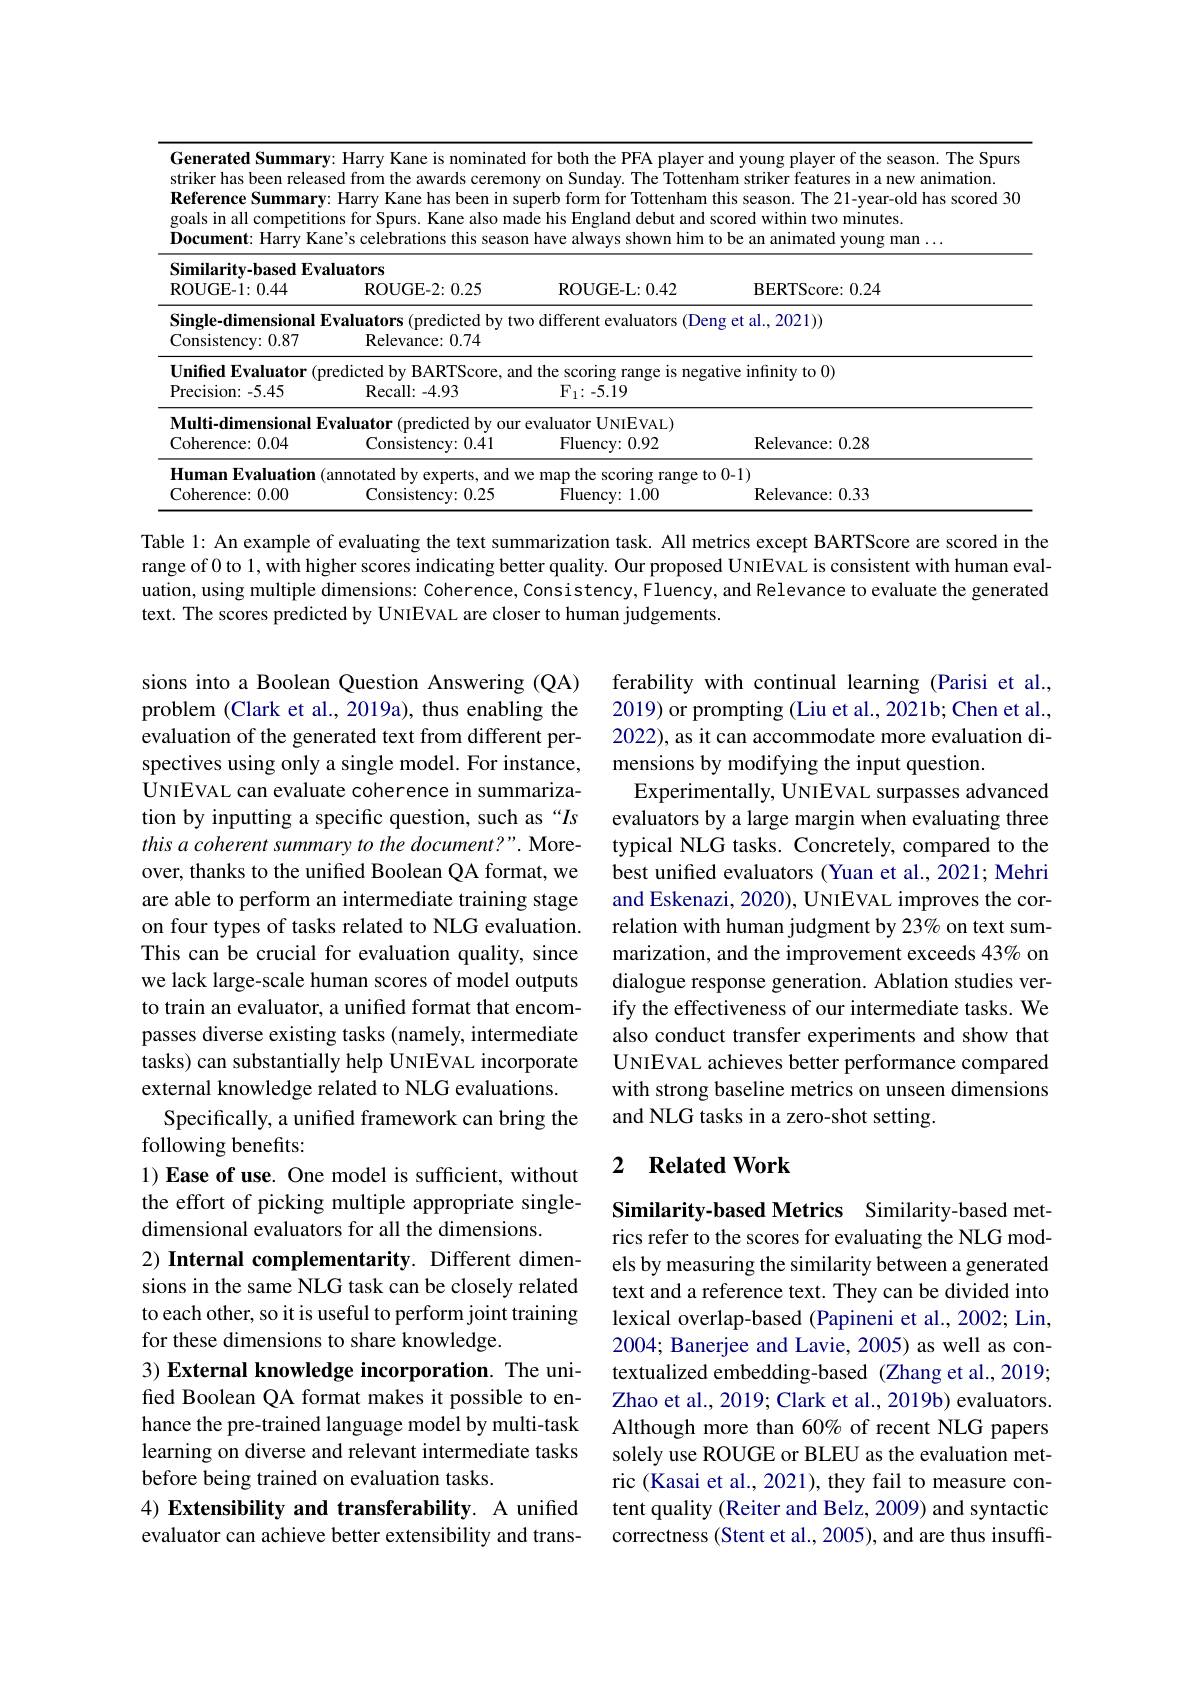
<table>
	<tbody>
		<tr>
			<td>Generated Summary striker has been releas Reference Summary goals in all competitio ${\textbf{Document: Harry}}$ Ka</td>
			<td>$\because$Harry Kane is no 11 ed from the awards :Harry Kane has be ${\mathrm{ns~for~Spurs.~Kane}}$ ne's celebrations thi</td>
			<td>for both the PFA player ${\mathrm{ry~on~Sunday.~The~Totter}}$ perb form for Tottenham le his England debut and have always shown him</td>
			<td>$?FAI$ player am The Tottenha Tottenham $n$th d debut and $SC$ 14 shown him to</td>
			<td>nd young player of the season. The Spurs am striker features in a new animation. this season. The 21-year-old has scored 30 cored within two minutes. o be an animated young man $\ldots$</td>
		</tr>
		<tr>
			<td>Similarity-based Eva ROUGE-1:0.44</td>
			<td>luators ROUGE- 2: 0. 2</td>
			<td>ROUGE- L: 0. 42</td>
			<td>$\mathbf{L}\colon0.42$</td>
			<td>BERTScore: 0.24</td>
		</tr>
		<tr>
			<td>Single-dimensional E Consistency: 0.87</td>
			<td>$\mathbf{c}\mathbf{valuators}$ (predicte ${\mathrm{Relevance:~0.7}}$</td>
			<td>${\mathrm{different~evaluators}}$ (D$\epsilon$</td>
			<td>(Deng ${\mathrm{luators}}$</td>
			<td>$\operatorname{ig}$et al.,2021))</td>
		</tr>
		<tr>
			<td>$\textbf{Unified Evaluator}$ $\therefore\mathbf{P}$ Precision: - 5. 45</td>
			<td>redicted by BARTS Recall: - 4. 93</td>
			<td>the scoring g range is neg 1 $\mathrm{F}_{1}\colon-5.19$</td>
			<td>range is negati</td>
			<td>tive infinity to 0)</td>
		</tr>
		<tr>
			<td>$\mathbf{Multi-dimensionalE}$ Coherence: 0.04</td>
			<td>$\mathbf{valuator}$ (predicted Consistency</td>
			<td>${\mathrm{evaluator~UNIEVAL}})$ ${\mathrm{Fluency:~0.92}}$</td>
			<td>$EVAL)$ 0.92</td>
			<td>${\mathrm{Relevance:~0.28}}$</td>
		</tr>
		<tr>
			<td>Human Evaluation Coherence: 0.00</td>
			<td>annotated by e expert Consistency:</td>
			<td>map the scoring range ${\mathrm{Fluency:~1.00}}$</td>
			<td>ring range to 1.00</td>
			<td>,0-1) Relevance: 0. 33</td>
		</tr>
		<tr>
			<td>$\mathbf{Human}$ $\mathbf{E} \mathbf{val}_{\text{uation}}$</td>
			<td>annotated hv exnert</td>
			<td>man the s scoring range 1</td>
			<td>ring range {:}to</td>
			<td>0-1)</td>
		</tr>
		<tr>
			<td>Coherence: 0.00</td>
			<td>Consistency:</td>
			<td>Fluency: 1. 00</td>
			<td>1.00</td>
			<td>Relevance: 0. 33</td>
		</tr>
	</tbody>
</table>

Table 1: An example of evaluating the text summarization task. All metrics except BARTScore are scored in the range of 0 to 1, with higher scores indicating better quality. Our proposed UNIEVAL is consistent with human evaluation, using multiple dimensions: Coherence, Consistency, Fluency, and Relevance to evaluate the generated text. The scores predicted by UNIEVAL are closer to human judgements.

ferability with continual learning (Parisi et al., 2019) or prompting (Liu et al., 2021b; Chen et al., 2022), as it can accommodate more evaluation dimensions by modifying the input question.
Experimentally, UNIEVAL surpasses advanced evaluators by a large margin when evaluating three typical NLG tasks. Concretely, compared to the best unified evaluators (Yuan et al., 2021; Mehri and Eskenazi, 2020), UNIEVAL improves the correlation with human judgment by 23% on text summarization, and the improvement exceeds 43% on dialogue response generation. Ablation studies verify the effectiveness of our intermediate tasks. We also conduct transfer experiments and show that UNIEVAL achieves better performance compared with strong baseline metrics on unseen dimensions and NLG tasks in a zero-shot setting.

sions into a Boolean Question Answering (QA) problem (Clark et al., 2019a), thus enabling the evaluation of the generated text from different perspectives using only a single model. For instance, UNIEVAL can evaluate coherence in summarization by inputting a specific question, such as “Is this a coherent summary to the document?". Moreover, thanks to the unified Boolean QA format, we are able to perform an intermediate training stage on four types of tasks related to NLG evaluation. This can be crucial for evaluation quality, since we lack large-scale human scores of model outputs to train an evaluator, a unified format that encompasses diverse existing tasks (namely, intermediate tasks) can substantially help UNIEVAL incorporate external knowledge related to NLG evaluations.
Specifically, a unified framework can bring the
following benefits:
1) Ease of use. One model is sufficient, without the effort of picking multiple appropriate singledimensional evaluators for all the dimensions.
2) Internal complementarity. Different dimensions in the same NLG task can be closely related to each other, so it is useful to perform joint training for these dimensions to share knowledge.
3) External knowledge incorporation. The unifed Boolean QA format makes it possible to enhance the pre-trained language model by multi-task learning on diverse and relevant intermediate tasks before being trained on evaluation tasks.
4) Extensibility and transferability. A unified evaluator can achieve better extensibility and trans-

### 2 $\textbf{Related Work}$

Similarity-based Metrics Similarity-based metrics refer to the scores for evaluating the NLG models by measuring the similarity between a generated text and a reference text. They can be divided into lexical overlap-based (Papineni et al., 2002; Lin, 2004; Banerjee and Lavie, 2005) as well as contextualized embedding-based (Zhang et al., 2019; Zhao et al., 2019; Clark et al., 2019b) evaluators. Although more than 60% of recent NLG papers solely use ROUGE or BLEU as the evaluation metric (Kasai et al., 2021), they fail to measure content quality (Reiter and Belz, 2009) and syntactic correctness (Stent et al., 2005), and are thus insuff-